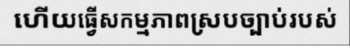
ហើយធ្វើសកម្មភាពស្របច្បាប់របស់